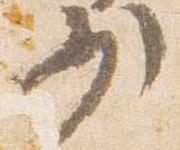
少